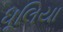
ધૂલિયા